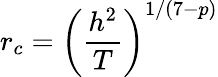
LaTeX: r_{c}=\left(\frac{h^{2}}{T}\right)^{1/(7-p)}